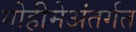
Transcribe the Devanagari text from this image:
मोहीमेअंतर्गत